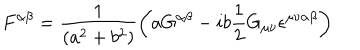
F ^ { \alpha \beta } = \frac { 1 } { \left( a ^ { 2 } + b ^ { 2 } \right) } \left( a G ^ { \alpha \beta } - i b \frac { 1 } { 2 } G _ { \mu \nu } \epsilon ^ { \mu \nu \alpha \beta } \right)